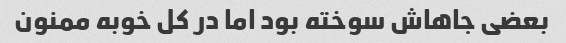
بعضی جاهاش سوخته بود اما در کل خوبه ممنون